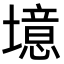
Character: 𪤥